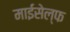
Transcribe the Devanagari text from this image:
माईसेल्फ